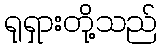
ရုရှားတို့သည်